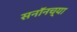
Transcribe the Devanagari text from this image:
सनॉनच्या